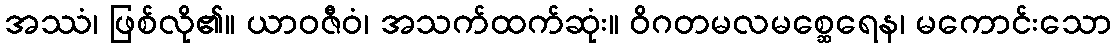
အဿံ၊ ဖြစ်လို၏။ ယာဝဇီဝံ၊ အသက်ထက်ဆုံး။ ဝိဂတမလမစ္ဆေရေန၊ မကောင်းသော